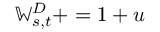
\mathbb { W } _ { s , t } ^ { D } + = 1 + u